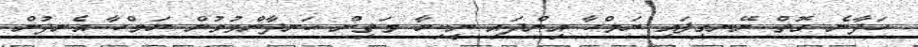
ހަދާނެ ގޮތް ނޭނގިފައި ޔަމްހާ އިންދައި ނީކިޔާ މަތިން ހަނދާންވުމުން ޔަމްހާ އެނދުން